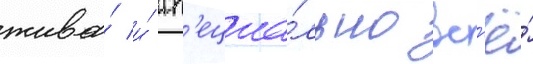
жива́ и́ сп'ециа́льно вс'ё́